Leprosy in India: report of the Leprosy Commission in India, 1890-91
Year: 1890
Disease focus: Leprosy
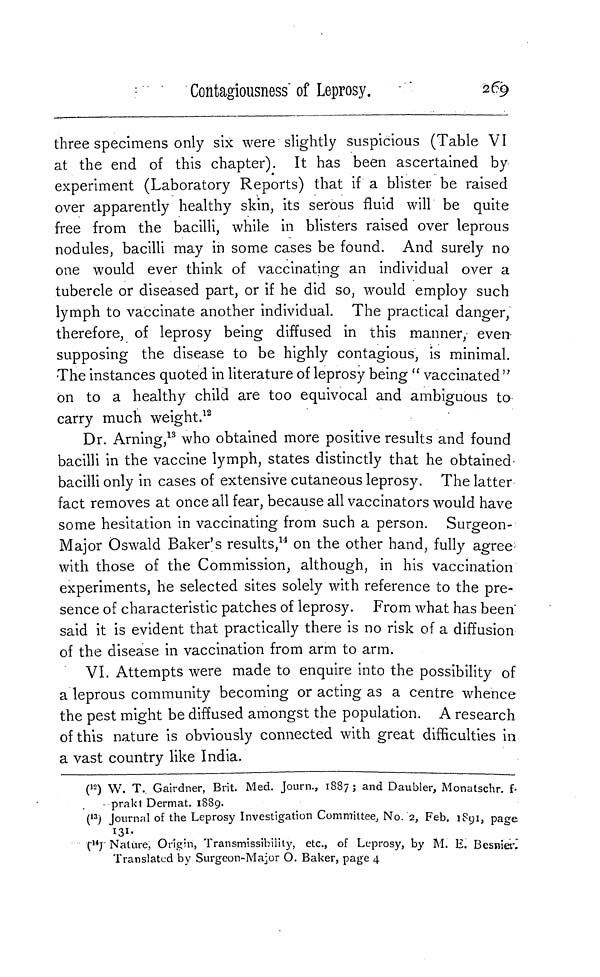
Contagiousness of Leprosy.
269
three specimens only six were slightly suspicious (Table VI
at the end of this chapter). It has been ascertained by
experiment (Laboratory Reports) that if a blister be raised
over apparently healthy skin, its serous fluid will be quite
free from the bacilli, while in blisters raised over leprous
nodules, bacilli may in some cases be found. And surely no
one would ever think of vaccinating an individual over a
tubercle or diseased part, or if he did so, would employ such
lymph to vaccinate another individual. The practical danger,
therefore, of leprosy being diffused in this manner, even
supposing the disease to be highly contagious, is minimal.
The instances quoted in literature of leprosy being " vaccinated "
on to a healthy child are too equivocal and ambiguous to
carry much weight. 12
Dr. Arning, 18 who obtained more positive results and found
bacilli in the vaccine lymph, states distinctly that he obtained
bacilli only in cases of extensive cutaneous leprosy. The latter
fact removes at once all fear, because all vaccinators would have
some hesitation in vaccinating from such a person. Surgeon-
Major Oswald Baker's results, 11 on the other hand, fully agree
with those of the Commission, although, in his vaccination
experiments, he selected sites solely with reference to the pre-
sence of characteristic patches of leprosy. From what has been"
said it is evident that practically there is no risk of a diffusion
of the disease in vaccination from arm to arm.
VI. Attempts were made to enquire into the possibility of
a leprous community becoming or acting as a centre whence
the pest might be diffused amongst the population. A research
of this nature is obviously connected with great difficulties in
a vast country like India.
( 12 ) W. T. Gairdner, Brit. Med. Journ., 1887; and Daubler, Monatschr. f.
prakt Dermat. 1889.
( 13 ) Journal of the Leprosy Investigation Committee, No. 2, Feb. 1891, page
131.
( 14 ) Nature, Origin, Transmissibility, etc., of Leprosy, by M. E.
\ill\
Translated by Surgeon-Major O. Baker, page 4